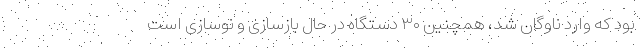
بود که وارد ناوگان شد، همچنین ۳۰ دستگاه در حال بازسازی و نوسازی است